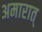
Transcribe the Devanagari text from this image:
अमारात्